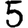
Digit: 5